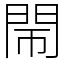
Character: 𨳪